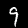
Label: 9